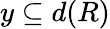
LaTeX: y\subseteq d(R)